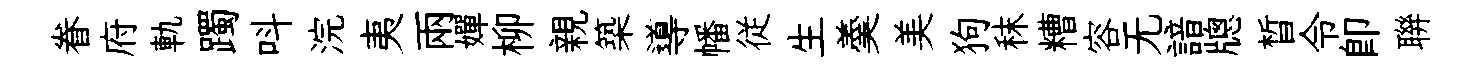
眷府軌躅呌浣夷兩嬋柳親築導幡従生羮美狗秣糟容无諳牕晳令即聨